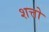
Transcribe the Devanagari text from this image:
शत्तो